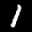
Label: 1